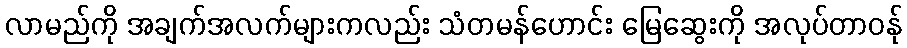
လာမည်ကို အချက်အလက်များကလည်း သံတမန်ဟောင်း မြေဆွေးကို အလုပ်တာဝန်ု